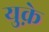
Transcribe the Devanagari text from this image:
युक़े